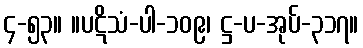
၄-၅၃။ ။ပဋိသံ-ပါ-၁၀၉၊ ဋ္ဌ-ပ-အုပ်-၃၁၇။